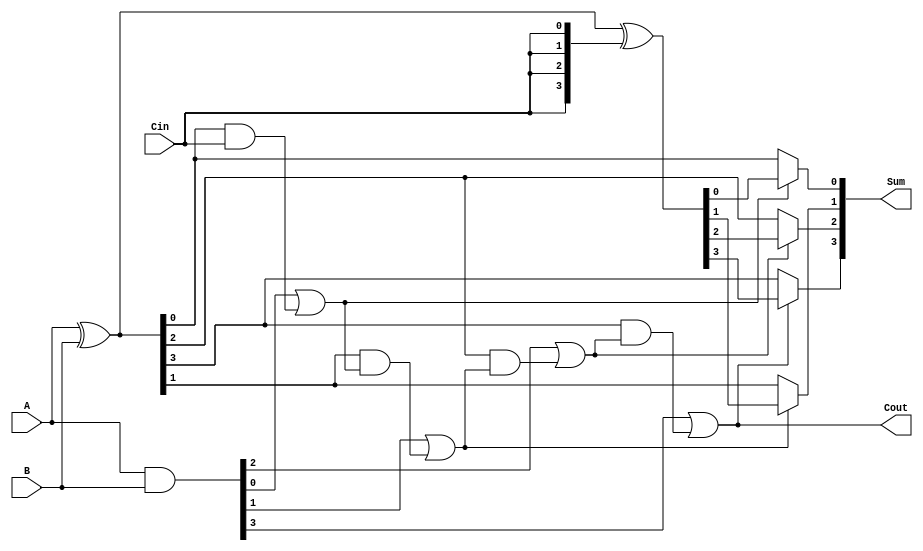
module ConditionalSumAdder #(parameter N = 4) (
    input [N-1:0] A,        // First n-bit input
    input [N-1:0] B,        // Second n-bit input
    input Cin,              // Carry-in
    output [N-1:0] Sum,     // n-bit sum output
    output Cout             // Carry-out
);

    // Partial sums
    wire [N-1:0] S0;        // Partial sum assuming carry-in is 0
    wire [N-1:0] S1;        // Partial sum assuming carry-in is 1

    // Carry signals
    wire [N-1:0] C0;        // Carry generated when both bits are 1
    wire [N-1:0] C1;        // Carry generated from the sum when Cin is 1
    wire [N-1:0] P;         // Propagate signal for carry selection

    // Compute partial sums S0 and S1
    assign S0 = A ^ B;                 // S0[i] = A[i]  B[i]  0
    assign S1 = S0 ^ {N{Cin}};         // S1[i] = A[i]  B[i]  1

    // Compute carry signals
    assign C0 = A & B;                 // C0[i] = A[i] & B[i]
    assign P = A ^ B;                  // P[i] = A[i]  B[i]

    // Compute the carry signals C1
    genvar i;
    generate
        for (i = 0; i < N; i = i + 1) begin : carry_gen
            if (i == 0) begin
                assign C1[i] = P[i] & Cin; // C1[0] = (A[0]  B[0]) & Cin
            end else begin
                assign C1[i] = P[i] & (C0[i-1] | C1[i-1]); // C1[i] = (A[i]  B[i]) & (C0[i-1] | C1[i-1])
            end
        end
    endgenerate

    // Select final sum and carry-out
    generate
        for (i = 0; i < N; i = i + 1) begin : sum_selection
            assign Sum[i] = (C0[i] | C1[i]) ? S1[i] : S0[i]; // Select S1 if C0[i] or C1[i] is true, otherwise S0
        end
    endgenerate

    // Final carry-out
    assign Cout = C0[N-1] | C1[N-1]; // Cout = C0[N-1] | C1[N-1]

endmodule